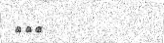
١٩٠